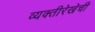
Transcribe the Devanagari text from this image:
व्यक्तीरेखेची